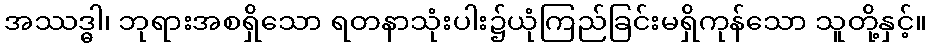
အဿဒ္ဓါ၊ ဘုရားအစရှိသော ရတနာသုံးပါး၌ယုံကြည်ခြင်းမရှိကုန်သော သူတို့နှင့်။